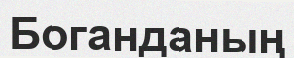
Боганданың